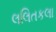
લલિતકલા